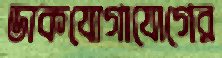
ডাকযোগাযোগের